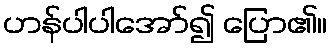
ဟန်ပါပါအော်၍ ပြော၏။